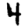
Digit: 4